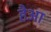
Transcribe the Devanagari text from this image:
हैआ